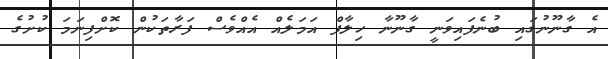
އެ ގާނޫނުގައި ބުނެފައިވަނީ ގާނޫނާ ހިލާފް އަމަލެއް އެއްވެސް ފަރާތަކުން ކޮށްފިނަމަ ކުށުގެ